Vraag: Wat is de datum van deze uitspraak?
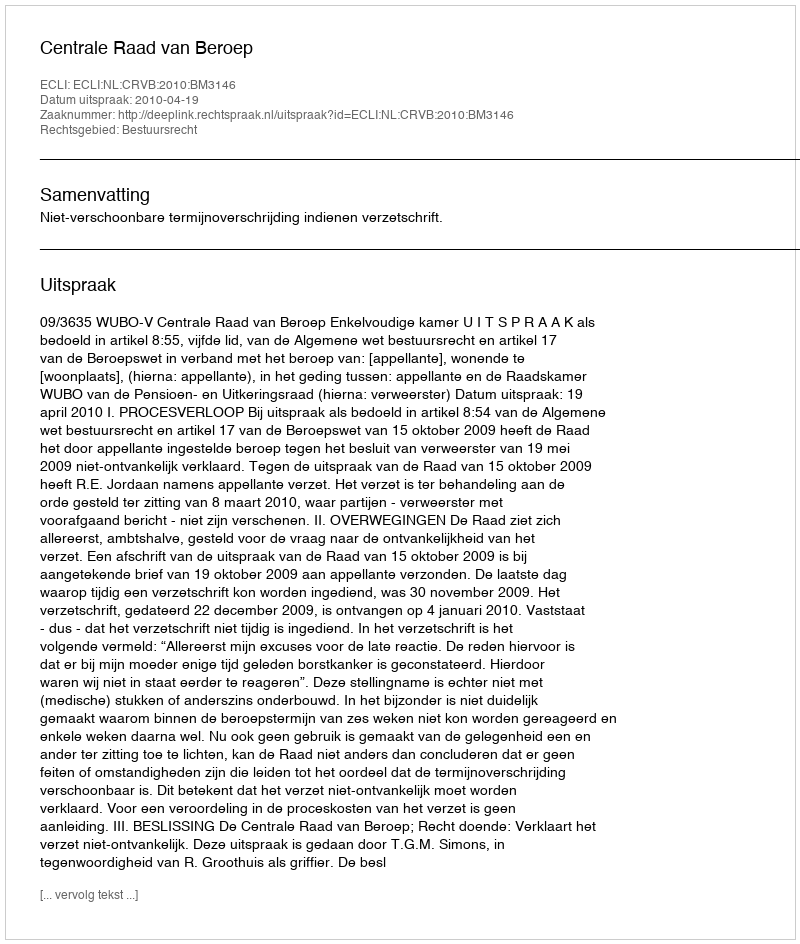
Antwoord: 2010-04-19